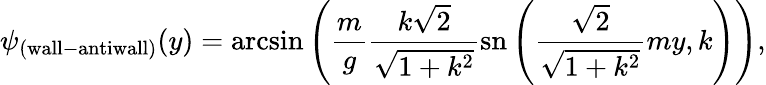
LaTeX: \psi_{\mathrm{(wall-antiwall)}}(y)=\mathrm{arcsin}\left({\frac{m}{g}}\frac{k\sqrt 2}{\sqrt{1+k^{2}}}\mathrm{sn}\left({\frac{\sqrt 2}{\sqrt{1+k^{2}}}}my,k\right)\right),